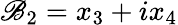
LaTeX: \mathscr{B}_{2}=x_{3}+ix_{4}